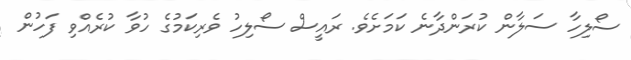
ސޯލިހާ ސަލާން ކުރަންދާނެ ކަމަށެވެ. ރައީސް ސޯލިހު ވެރިކަމުގެ ހުވާ ކުރެއްވި ފަހުން